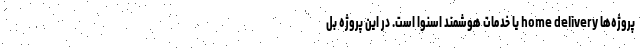
پروژه‌ها home delivery یا خدمات هوشمند اسنوا است. در این پروژه بل